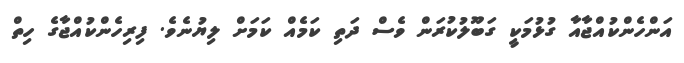
އަންހެންކުއްޖާއާ ގުޅުމަކީ ގަބޫލުކުރަން ވެސް ދަތި ކަމެއް ކަމަށް ލިޔުނެވެ. ފިރިހެންކުއްޖާގެ ހިތް